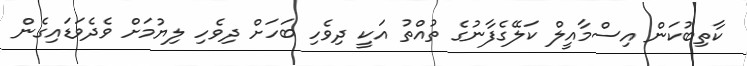
ކާތިބުކަން އިސްމާއީލް ކަލޭގެފާނުގެ ތުއްތު އަކީ ދިވެހި ބަހަށް ދިވެހި ލިޔުމަށް ވެދެވަޑައިގެން